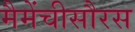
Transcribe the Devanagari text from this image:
मैमेंचीसौरस